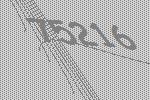
75216